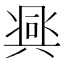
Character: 𱏵